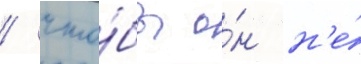
/ что́бы о́н н'е́